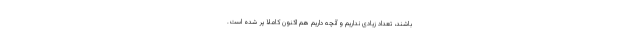
باشند، تعداد زیادی نداریم و آنچه داریم هم اکنون کاملا پر شده است.